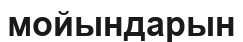
мойындарын